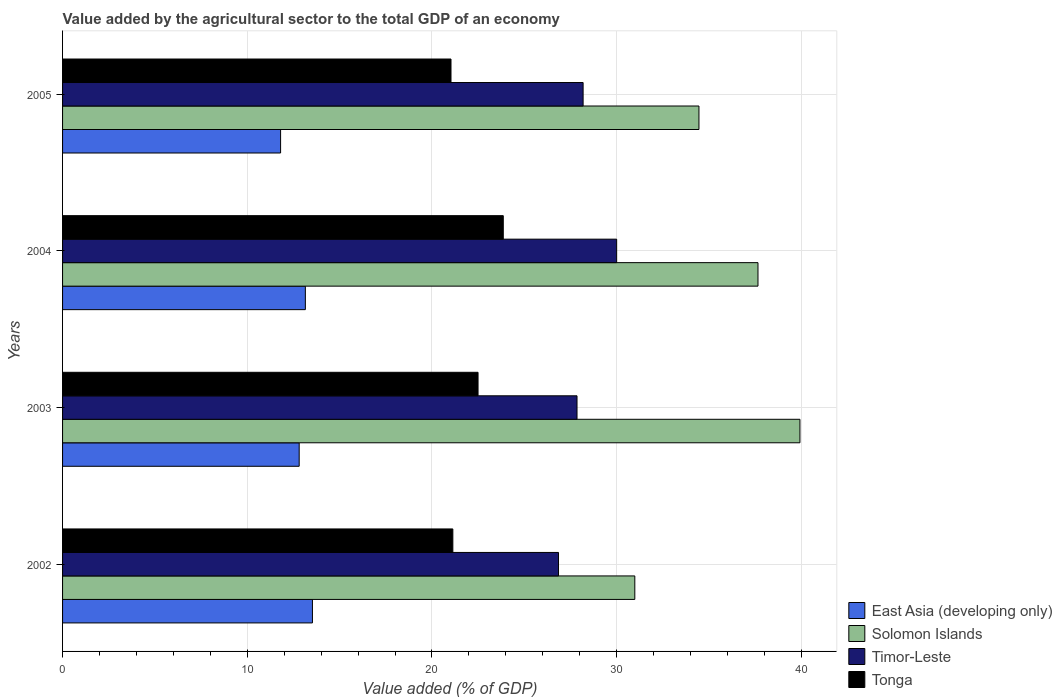
| Years | East Asia (developing only) | Solomon Islands | Timor-Leste | Tonga |
 | --- | --- | --- | --- | --- |
 | 2002 | 13.5 | 31 | 26.9 | 21.1 |
 | 2003 | 12.8 | 39.9 | 27.9 | 22.5 |
 | 2004 | 13.1 | 37.7 | 30 | 23.9 |
 | 2005 | 11.8 | 34.5 | 28.2 | 21 |